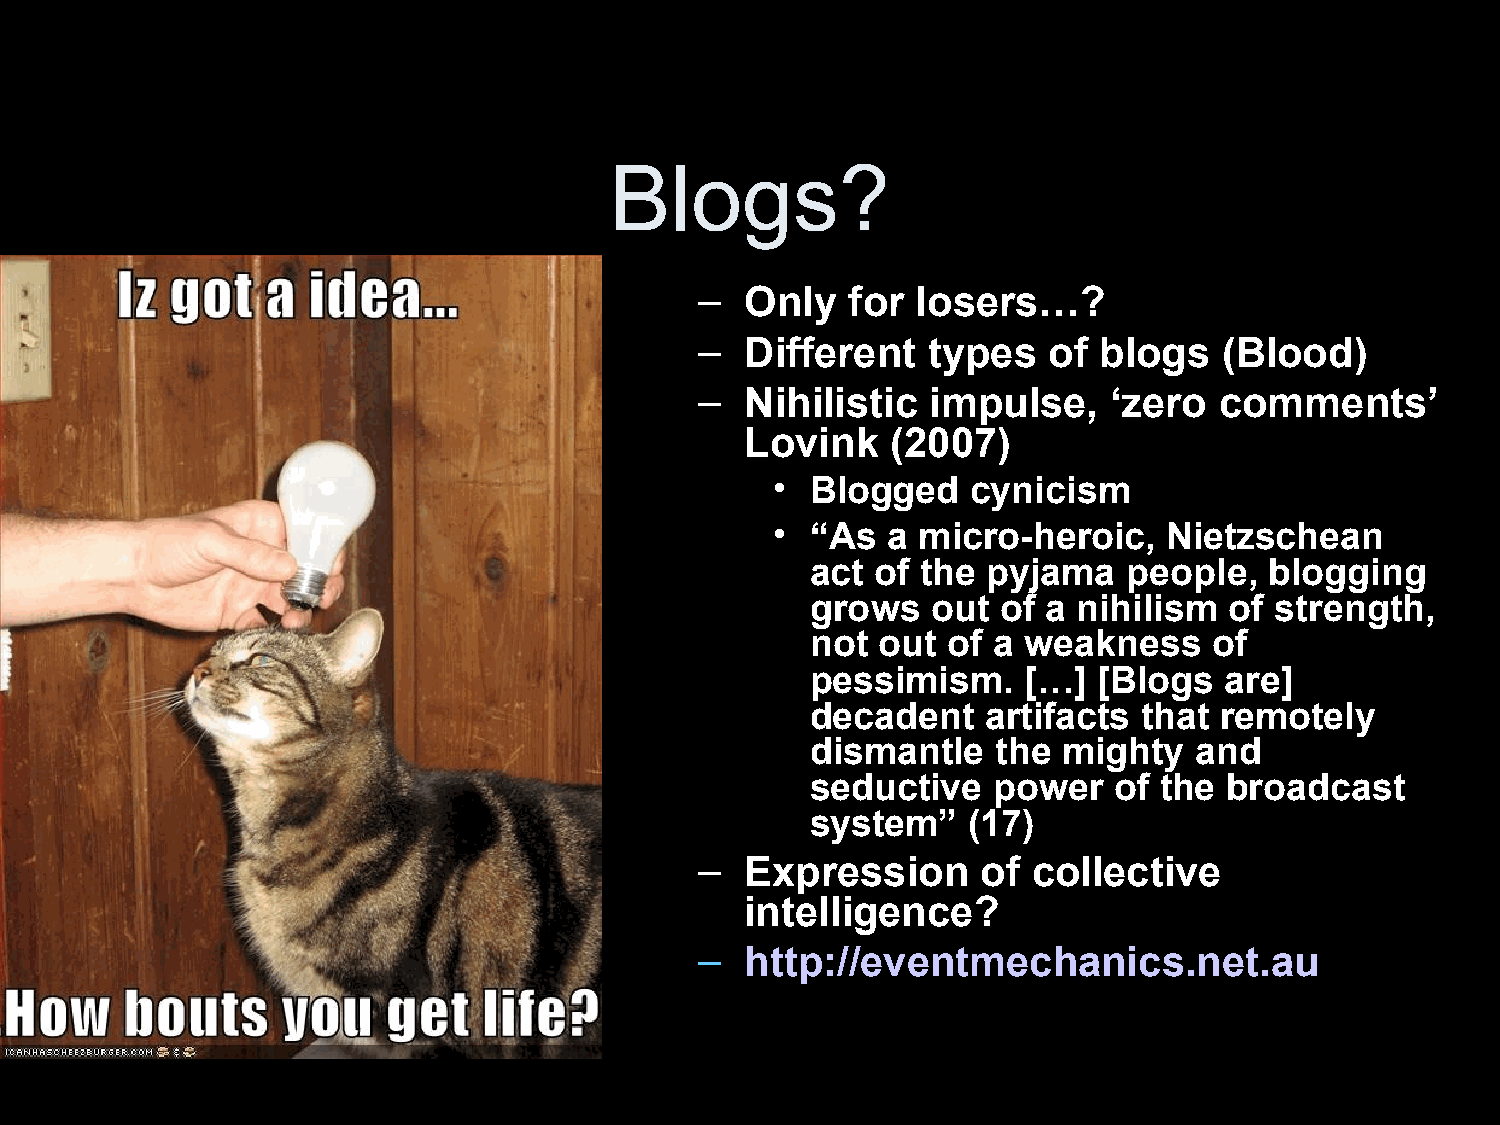
Blogs?
 –  Only   for  losers…?
 –  Different   types   of  blogs   (Blood)
 –  Nihilistic   impulse,   ‘zero   comments’
 Lovink    (2007)
 •  Blogged   cynicism
 •  “As  a micro-heroic,   Nietzschean
 act of the pyjama    people,  blogging
 grows   out of a nihilism  of strength,
 not out  of a weakness    of
 pessimism.    […]  [Blogs  are]
 decadent   artifacts  that remotely
 dismantle   the mighty   and
 seductive   power   of the broadcast
 system”   (17)
 –  Expression      of collective
 intelligence?
 –  http://eventmechanics.net.au